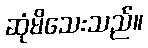
ဆုံမိသေးသည်။